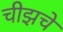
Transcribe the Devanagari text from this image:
चीझचे